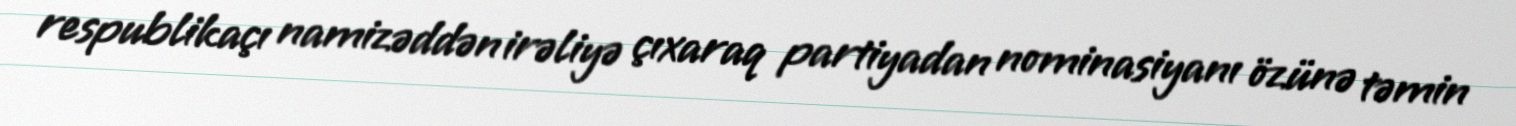
respublikaçı namizəddən irəliyə çıxaraq partiyadan nominasiyanı özünə təmin